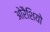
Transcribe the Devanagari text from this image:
ओरैशियो